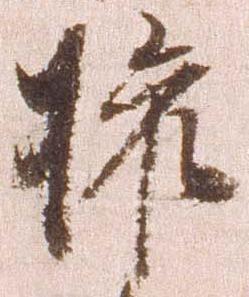
権